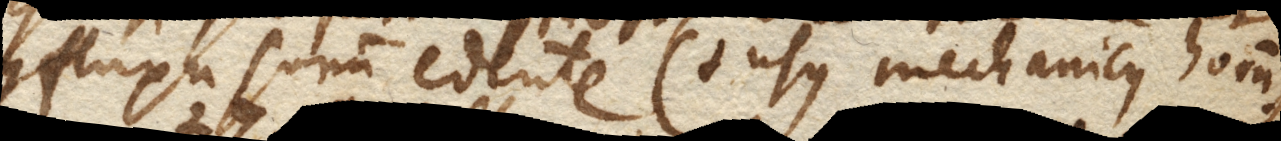
confluxu sonum edente (+ usus mechanicus horum +).